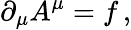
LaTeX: \partial_{\mu}A^{\mu}=f\, ,